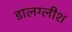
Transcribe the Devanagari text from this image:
डालग्लीश